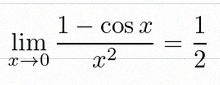
\lim_{x\to0}\frac{1-\cos x}{x^2}=\frac12